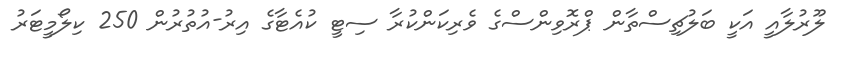
ލޫރުލާއީ އަކީ ބަލުޗިސްތާން ޕްރޮވިންސްގެ ވެރިކަންކުރާ ސިޓީ ކުއެޓާގެ އިރު-އުތުރުން 250 ކިލޯމީޓަރު